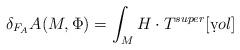
LaTeX: \begin{align*}\delta_{F_A} A(M, \Phi) = \int_{M} H\cdot T^{super} [\d vol]\end{align*}